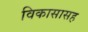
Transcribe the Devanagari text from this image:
विकासासह